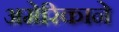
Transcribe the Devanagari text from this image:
अमेरिकाने